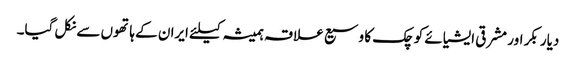
دیار بکر اور مشرقی ایشیائے کوچک کا وسیع علاقہ ہمیشہ کیلئے ایران کے ہاتھوں سے نکل گیا۔